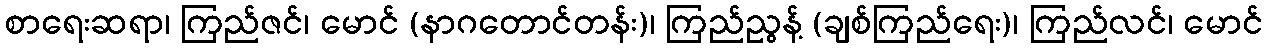
စာရေးဆရာ၊ ကြည်ဇင်၊ မောင် (နာဂတောင်တန်း)၊ ကြည်ညွန့် (ချစ်ကြည်ရေး)၊ ကြည်လင်၊ မောင်